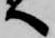
へ